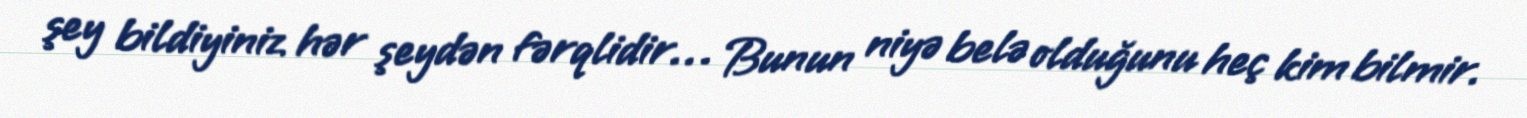
şey bildiyiniz hər şeydən fərqlidir… Bunun niyə belə olduğunu heç kim bilmir.